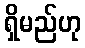
ရှိမည်ဟု